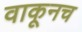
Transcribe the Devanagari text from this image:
वाकूनच